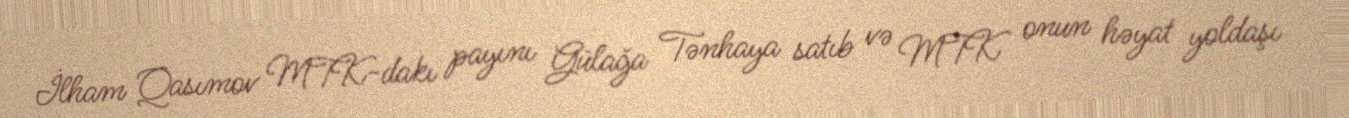
İlham Qasımov MTK-dakı payını Gülağa Tənhaya satıb və MTK onun həyat yoldaşı